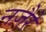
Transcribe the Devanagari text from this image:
नज़ैरे